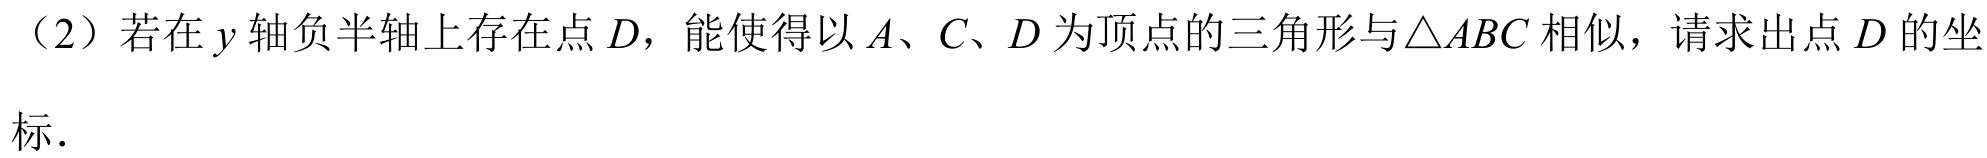
（2）若在\(y\)轴负半轴上存在点\(D\)，能使得以\(A、C、D\)为顶点的三角形与\(\triangle ABC\)相似，请求出点\(D\)的坐
标．